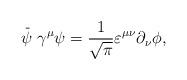
LaTeX: \begin{align*}\stackrel{\_}{\psi }\gamma ^{\mu }\psi =\frac{1}{\sqrt{\pi }}\varepsilon^{\mu \nu }\partial _{\nu }\phi , \end{align*}